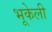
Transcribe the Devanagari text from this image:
भूकेली